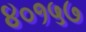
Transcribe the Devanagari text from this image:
४०१५७